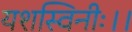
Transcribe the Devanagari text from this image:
यशस्विनीः।।